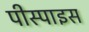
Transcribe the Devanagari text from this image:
पीस्पाइस